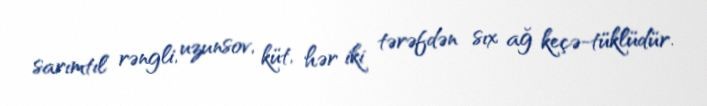
sarımtıl rəngli, uzunsov, küt, hər iki tərəfdən sıx ağ keçə-tüklüdür.